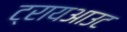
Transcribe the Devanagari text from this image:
ट्रायआउट